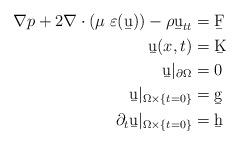
LaTeX: \begin{align*}\begin{aligned}\nabla p+2\nabla\cdot(\mu\;\varepsilon(\b u))-\rho\b u_{tt} &=\b F \\\b u(x,t) &= \b K \\\b u|_{\partial\Omega}&= 0 \\\b u|_{\Omega\times\{t=0\} }&= \b g \\\partial_t \b u|_{\Omega\times\{t=0\}}&=\b h \end{aligned}\end{align*}